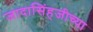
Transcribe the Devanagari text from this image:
जादासिंहजीच्या